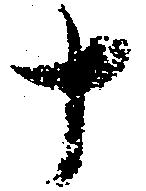
十